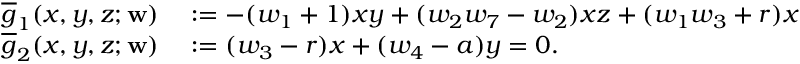
\begin{array} { r l } { \overline { { g } } _ { 1 } ( x , y , z ; \mathbf { w } ) } & { { } : = - ( w _ { 1 } + 1 ) x y + ( w _ { 2 } w _ { 7 } - w _ { 2 } ) x z + ( w _ { 1 } w _ { 3 } + r ) x } \\ { \overline { { g } } _ { 2 } ( x , y , z ; \mathbf { w } ) } & { { } : = ( w _ { 3 } - r ) x + ( w _ { 4 } - a ) y = 0 . } \end{array}